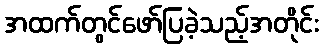
အထက်တွင်ဖော်ပြခဲ့သည့်အတိုင်း